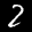
Label: 2